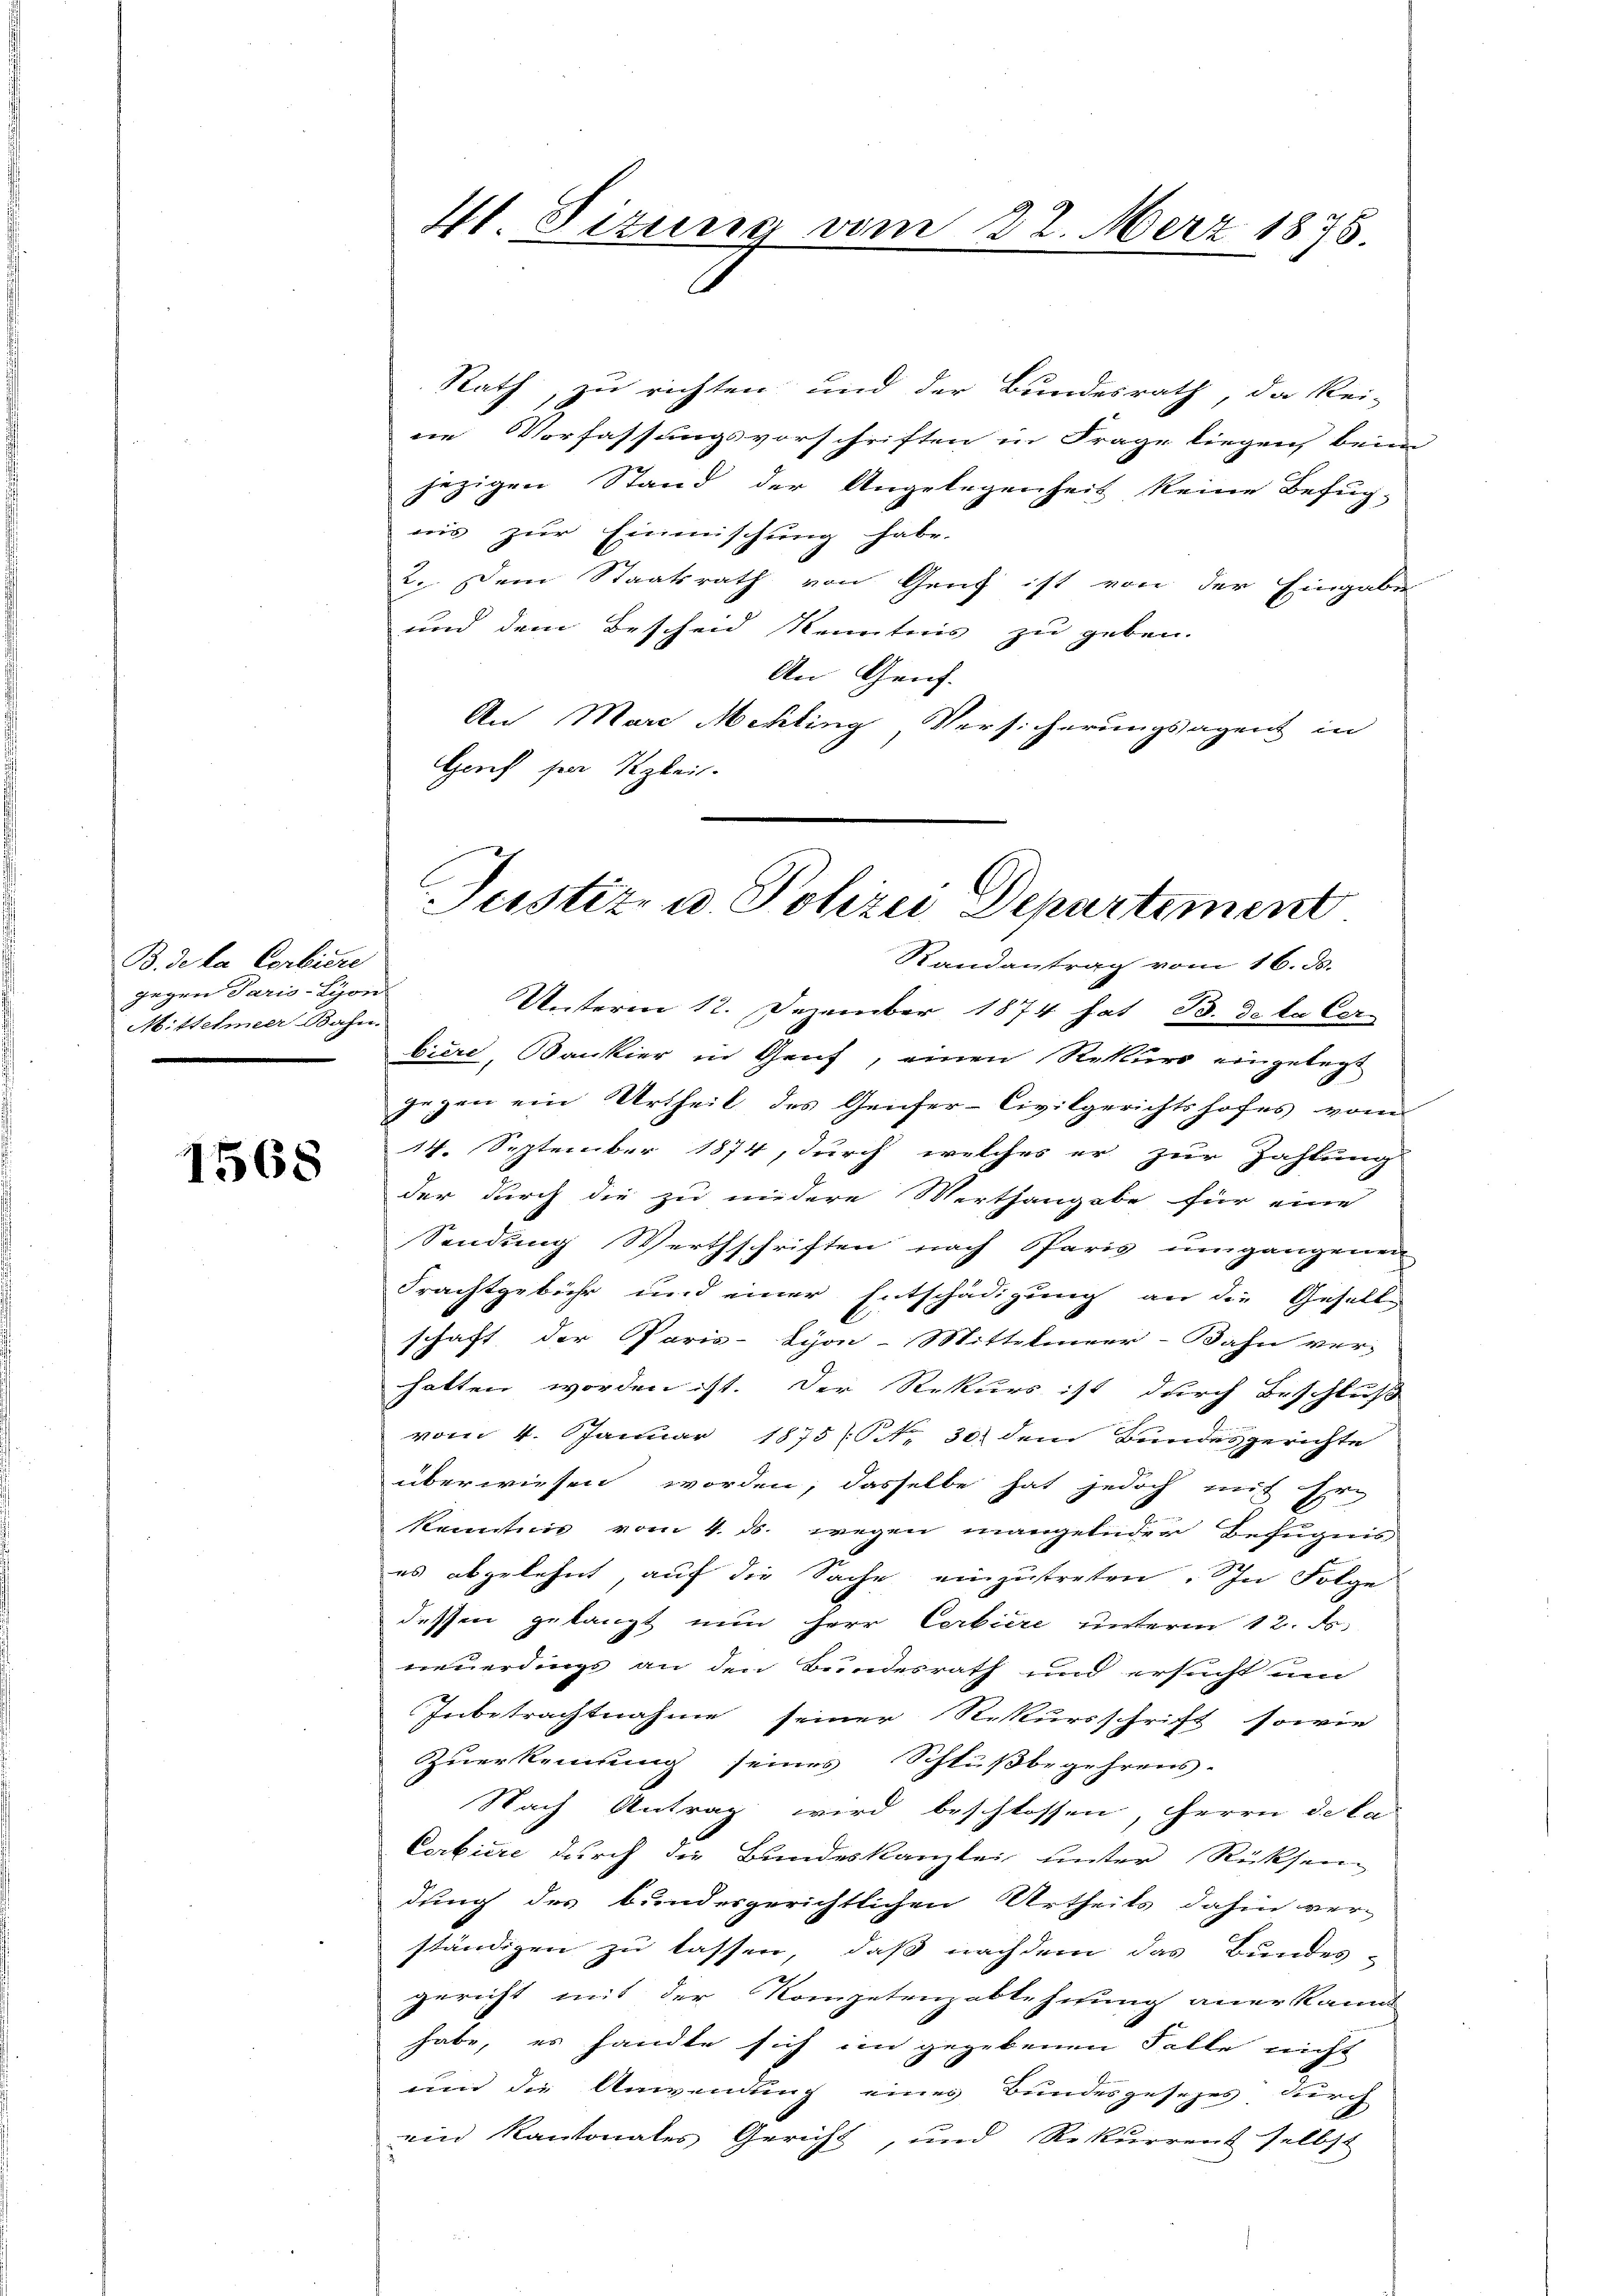
B. de la Corbiere
gegen Paris-Lyon
Mittelmeer Bahn.

1568

Rath, zu richten und der Bundesrath, da kei-
ne Vorfassungsvorschriften in Frage liegen beim
jezigen Stand der Angelegenheit keine Befug-
ais zur Einmischung habe.
2. Dem Staatsrath von Genf ist von der Eingabe
und dem Bescheid Kenntnis zu geben.
An Genf.
An Marc Mekling, Versicherungsagent in
Greif sein Klei

41 Sizung vom 22. März 1875

Justiz- u. Polizei Departement
Randantrag vom 16. ds.
Unterm 12. Dezember 1874 hat B. de la Cer-
biere, Bankier in Genf, einen Rekurs eingelegt

gegen ein Urtheil des Genfer-Civilgerichtshofes von
14. September 1874, durch welches er zur Zahlung
der durch die zu niedere Werthangabe für eine
Sendung Werthschriften nach Sparis umgangenen
Frachtgebühr und einer Entschädigung an die Geselle
schaft der Paris-Syon-Mittelmeer-Bahn ver-
hatten worden ist. Der Rekurs ist durch Beschluß
vom 4. Januar 1875 (Nr. 30) dem Bundesgerichte
überwiesen worden, dasselbe hat jedoch mit Eri
kenntnis vom 4. ds. wegen mangelnder Befugnis
es abgelehnt, auf die Sache einzutreten. In Folge
dessen gelangt nun herr Certiere unterm 12. d.
neuerdings an den Bundesrath und ersucht um
Inbetrachtnahme seiner Rekursschrift sowie
Zuerkennung seines Schlußbegehrens-
Nach Antrag wird beschlossen, Herrn de la
Corbiere durch die Bundeskanzlei unter Rücksen
dung des bundesgerichtlichen Urtheils dahin verständigen zu lassen, daß nachdem das Bundes-
gericht mit der Kompetenzablehnung anerkannt
habe, es handte sich im gegebenen Falle nicht
und die Anwendung eines Bundesgesezes durch
ein Kantonales Gericht, und Rekurrent selbst